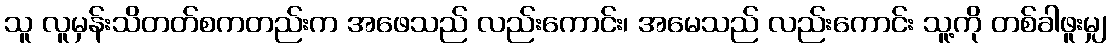
သူ လူမှန်းသိတတ်စကတည်းက အဖေသည် လည်းကောင်း၊ အမေသည် လည်းကောင်း သူ့ကို တစ်ခါဖူးမျှ